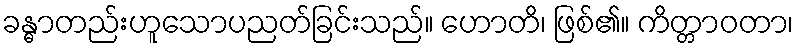
ခန္ဓာတည်းဟူသောပညတ်ခြင်းသည်။ ဟောတိ၊ ဖြစ်၏။ ကိတ္တာဝတာ၊